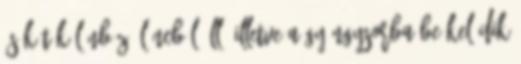
és két különböző láncból áll, illetve a gyöngysorba beékelődik